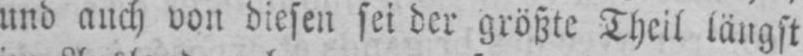
und auch von diesen sei der größte Theil längst